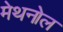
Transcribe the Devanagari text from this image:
मेथनोल